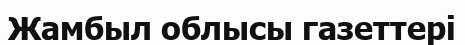
Жамбыл облысы газеттері